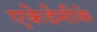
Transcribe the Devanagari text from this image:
एकेडेमीके